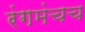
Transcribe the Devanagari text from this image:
रंगमंचच